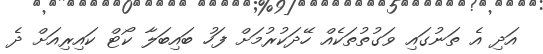
އަދި އެ ތަނުގައި ވަގުތުތަކެއް ހޭދަކުރުމަށް ފަހު ބައިބަލާ ކޯޓް ކައިރިއަށް ދެ